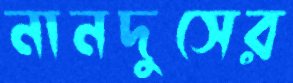
নানদুসের